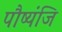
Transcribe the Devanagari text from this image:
पौष्यंजि